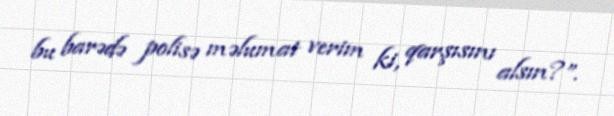
bu barədə polisə məlumat verim ki, qarşısını alsın?”.